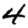
Digit: 4